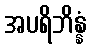
အပရိဘိန္နံ